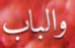
والباب